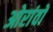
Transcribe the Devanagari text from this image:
ओरांवों